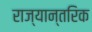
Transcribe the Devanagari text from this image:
राज्यान्तरिक